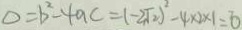
\Delta = b ^ { 2 } - 4 a c = ( - 2 \sqrt { 2 } ) ^ { 2 } - 4 \times 2 \times 1 = 0